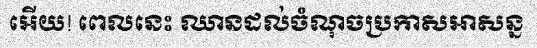
អើយ! ពេលនេះ ឈានដល់ចំណុចប្រកាសអាសន្ន